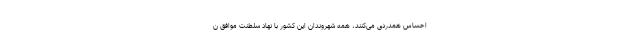
احساس همدردی می‌کنند، همه شهروندان این کشور با نهاد سلطنت موافق ن